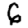
Digit: 6